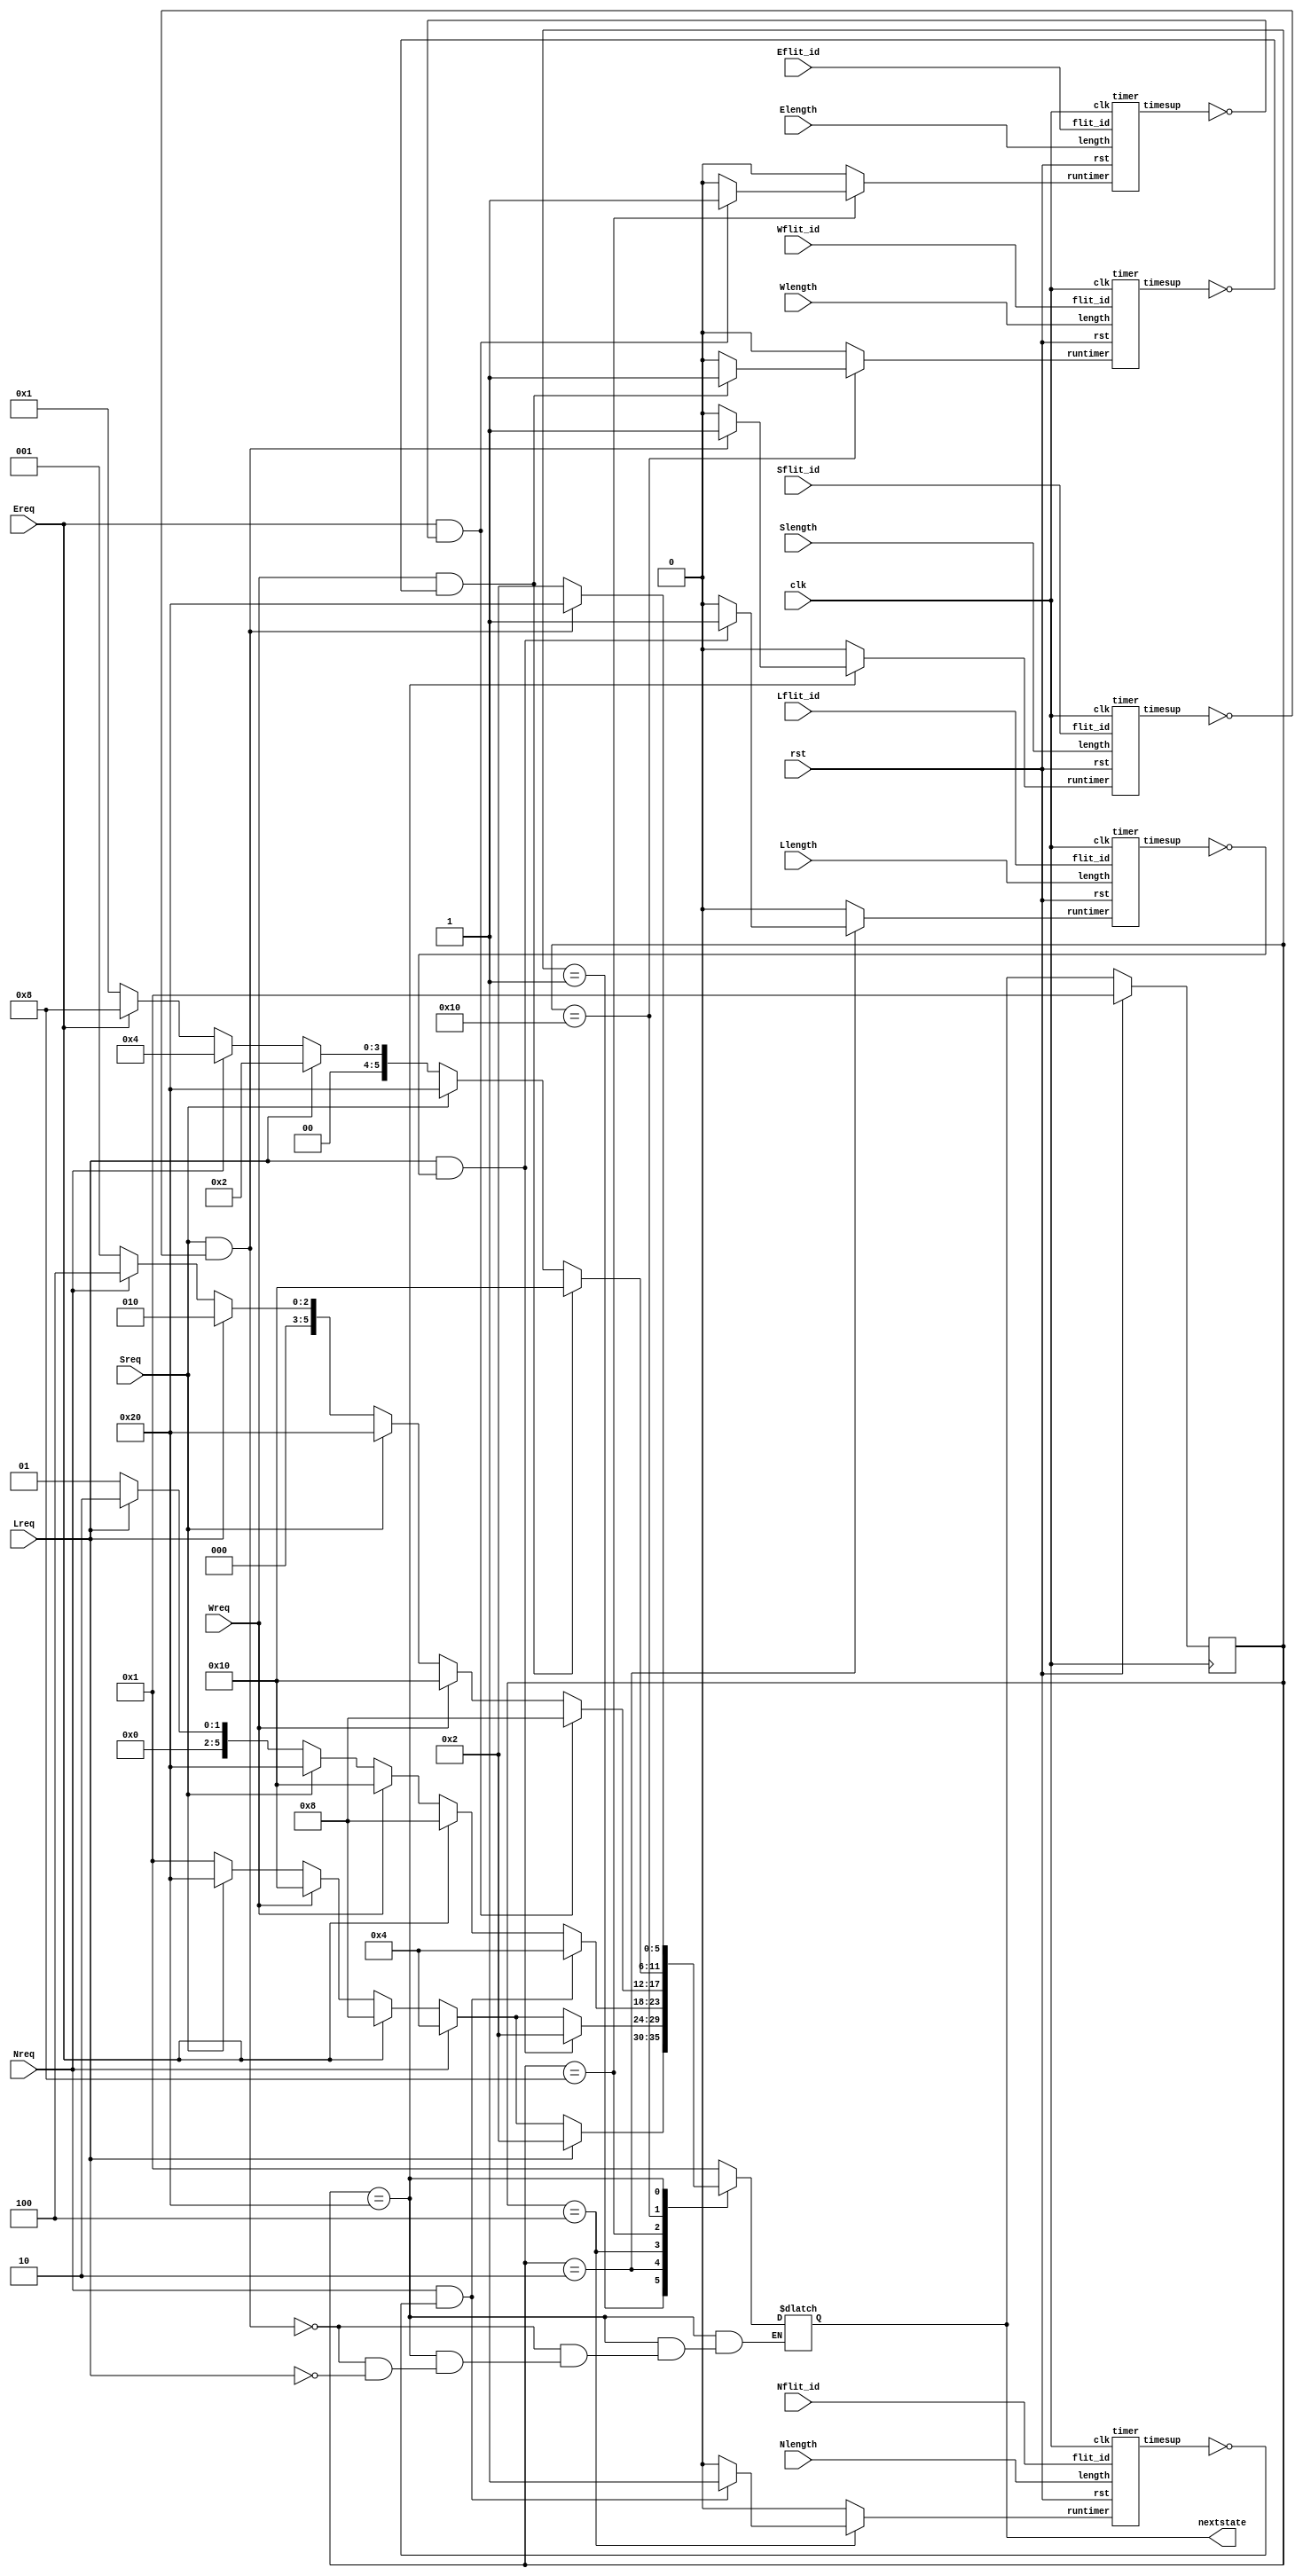
module arbiter (clk, rst, Lflit_id, Nflit_id, Eflit_id, Wflit_id, Sflit_id, Llength, Nlength, Elength, Wlength, Slength, Lreq, Nreq, Ereq, Wreq, Sreq, nextstate)  ;
  input clk , rst;
  input [2:0] Lflit_id , Nflit_id , Eflit_id , Wflit_id , Sflit_id;
  input [11:0] Llength , Nlength , Elength , Wlength , Slength;
  input Lreq , Nreq , Ereq , Wreq , Sreq;
  output reg[5:0] nextstate;
  reg[5:0] currentstate;
  reg Lruntimer , Nruntimer , Eruntimer , Wruntimer , Sruntimer;
  wire Ltimesup , Ntimesup , Etimesup , Wtimesup , Stimesup;
  timer Ltimer (clk, rst, Lflit_id, Llength, Lruntimer, Ltimesup) ; 
  timer Ntimer (clk, rst, Nflit_id, Nlength, Nruntimer, Ntimesup) ; 
  timer Etimer (clk, rst, Eflit_id, Elength, Eruntimer, Etimesup) ; 
  timer Wtimer (clk, rst, Wflit_id, Wlength, Wruntimer, Wtimesup) ; 
  timer Stimer (clk, rst, Sflit_id, Slength, Sruntimer, Stimesup) ; 
  always
    @( posedge clk )
      begin
        if( rst )
          currentstate <= 6'b01;
        else
          currentstate <= nextstate;
      end
  always
    @(  Lreq or  Nreq or  Ereq or  Wreq or  Sreq or  Ltimesup or  Ntimesup or  Etimesup or  Wtimesup or  Stimesup or  currentstate )
      begin
        Lruntimer = 0;
        Nruntimer = 0;
        Eruntimer = 0;
        Wruntimer = 0;
        Sruntimer = 0;
        case( currentstate )
          6'b01:
            begin
              if( ( Lreq == 1 ) )
                begin
                  nextstate = 6'b010;
                end
              else
                if( ( Nreq == 1 ) )
                  begin
                    nextstate = 6'b0100;
                  end
                else
                  if( ( Ereq == 1 ) )
                    begin
                      nextstate = 6'b01000;
                    end
                  else
                    if( ( Wreq == 1 ) )
                      begin
                        nextstate = 6'b010000;
                      end
                    else
                      if( ( Sreq == 1 ) )
                        begin
                          nextstate = 6'b100000;
                        end
                      else
                        begin
                          nextstate = 6'b01;
                        end
            end
          6'b010:
            begin
              if( ( ( Lreq == 1 ) && ( Ltimesup == 0 ) ) )
                begin
                  Lruntimer = 1;
                  nextstate = 6'b010;
                end
              else
                if( ( Nreq == 1 ) )
                  begin
                    nextstate = 6'b0100;
                  end
                else
                  if( ( Ereq == 1 ) )
                    begin
                      nextstate = 6'b01000;
                    end
                  else
                    if( ( Wreq == 1 ) )
                      begin
                        nextstate = 6'b010000;
                      end
                    else
                      if( ( Sreq == 1 ) )
                        begin
                          nextstate = 6'b100000;
                        end
                      else
                        begin
                          nextstate = 6'b01;
                        end
            end
          6'b0100:
            begin
              if( ( ( Nreq == 1 ) && ( Ntimesup == 0 ) ) )
                begin
                  Nruntimer = 1;
                  nextstate = 6'b0100;
                end
              else
                if( ( Ereq == 1 ) )
                  begin
                    nextstate = 6'b01000;
                  end
                else
                  if( ( Wreq == 1 ) )
                    begin
                      nextstate = 6'b010000;
                    end
                  else
                    if( ( Sreq == 1 ) )
                      begin
                        nextstate = 6'b100000;
                      end
                    else
                      if( ( Lreq == 1 ) )
                        begin
                          nextstate = 6'b010;
                        end
                      else
                        begin
                          nextstate = 6'b01;
                        end
            end
          6'b01000:
            begin
              if( ( ( Ereq == 1 ) && ( Etimesup == 0 ) ) )
                begin
                  Eruntimer = 1;
                  nextstate = 6'b01000;
                end
              else
                if( ( Wreq == 1 ) )
                  begin
                    nextstate = 6'b010000;
                  end
                else
                  if( ( Sreq == 1 ) )
                    begin
                      nextstate = 6'b100000;
                    end
                  else
                    if( ( Lreq == 1 ) )
                      begin
                        nextstate = 6'b010;
                      end
                    else
                      if( ( Nreq == 1 ) )
                        begin
                          nextstate = 6'b0100;
                        end
                      else
                        begin
                          nextstate = 6'b01;
                        end
            end
          6'b010000:
            begin
              if( ( ( Wreq == 1 ) && ( Wtimesup == 0 ) ) )
                begin
                  Wruntimer = 1;
                  nextstate = 6'b010000;
                end
              else
                if( ( Sreq == 1 ) )
                  begin
                    nextstate = 6'b100000;
                  end
                else
                  if( ( Lreq == 1 ) )
                    begin
                      nextstate = 6'b010;
                    end
                  else
                    if( ( Nreq == 1 ) )
                      begin
                        nextstate = 6'b0100;
                      end
                    else
                      if( ( Ereq == 1 ) )
                        begin
                          nextstate = 6'b01000;
                        end
                      else
                        begin
                          nextstate = 6'b01;
                        end
            end
          6'b100000:
            begin
              if( ( ( Sreq == 1 ) && ( Stimesup == 0 ) ) )
                begin
                  Sruntimer = 1;
                  nextstate = 6'b100000;
                end
              else
                if( ( Lreq == 1 ) )
                  begin
                    nextstate = 6'b010;
                  end
                else
                  if( 1 )
                    begin
                    end
            end
          default :
            begin
              nextstate = 6'b01;
            end
        endcase
      end
endmodule

module timer (clk, rst, flit_id, length, runtimer, timesup)  ;
  input clk , rst;
  input [2:0] flit_id;
  input [11:0] length;
  input runtimer;
  output reg timesup;
  reg[11:0] timeoutclockperiods;
  reg[11:0] count;
  always
    @( posedge clk )
      begin : timeout
        if( rst )
          begin
            count <= 0;
            timeoutclockperiods <= 0;
          end
        else
          begin
            if( ( flit_id == 3'b01 ) )
              begin
                timeoutclockperiods <= length;
              end
            if( ( runtimer == 0 ) )
              begin
                count <= 0;
              end
            else
              begin
                count <= ( count + 1 );
              end
          end
      end
  always
    @(  count or  timeoutclockperiods )
      begin : timeup
        if( ( count == timeoutclockperiods ) )
          timesup = 1;
        else
          timesup = 0;
      end
endmodule